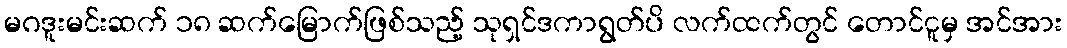
မဂဒူးမင်းဆက် ၁၈ ဆက်မြောက်ဖြစ်သည့် သုရှင်ဒကာရွတ်ပိ လက်ထက်တွင် တောင်ငူမှ အင်အား